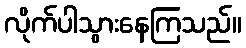
လိုက်ပါသွားနေကြသည်။